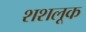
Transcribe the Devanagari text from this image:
शशलूक